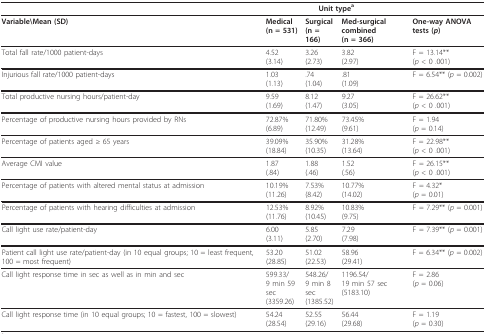
<table><thead><tr><td></td><td colspan="3"><b>Unit type<sup>a</sup></b></td><td></td></tr></thead><tbody><tr><td><b>Variable\Mean (SD)</b></td><td><b>Medical</b><b>(n = 531)</b></td><td><b>Surgical</b><b>(n = 166)</b></td><td><b>Med-surgical combined</b><b>(n = 366)</b></td><td><b>One-way ANOVA tests (<i>p</i>)</b></td></tr><tr><td>Total fall rate/1000 patient-days</td><td>4.52(3.14)</td><td>3.26(2.73)</td><td>3.82(2.97)</td><td>F = 13.14**(<i>p </i>&lt; 0 .001)</td></tr><tr><td>Injurious fall rate/1000 patient-days</td><td>1.03(1.13)</td><td>.74(1.04)</td><td>.81(1.09)</td><td>F = 6.54** (<i>p </i>= 0.002)</td></tr><tr><td>Total productive nursing hours/patient-day</td><td>9.59(1.69)</td><td>8.12(1.47)</td><td>9.27(3.05)</td><td>F = 26.62**(<i>p </i>&lt; 0 .001)</td></tr><tr><td>Percentage of productive nursing hours provided by RNs</td><td>72.87%(6.89)</td><td>71.80%(12.49)</td><td>73.45%(9.61)</td><td>F = 1.94(<i>p </i>= 0.14)</td></tr><tr><td>Percentage of patients aged ≥ 65 years</td><td>39.09%(18.84)</td><td>35.90%(10.35)</td><td>31.28%(13.64)</td><td>F = 22.98**(<i>p </i>&lt; 0 .001)</td></tr><tr><td>Average CMI value</td><td>1.87(.84)</td><td>1.88(.46)</td><td>1.52(.56)</td><td>F = 26.15**(<i>p </i>&lt; 0 .001)</td></tr><tr><td>Percentage of patients with altered mental status at admission</td><td>10.19%(11.26)</td><td>7.53%(8.42)</td><td>10.77%(14.02)</td><td>F = 4.32*(<i>p </i>= 0.01)</td></tr><tr><td>Percentage of patients with hearing difficulties at admission</td><td>12.53%(11.76)</td><td>8.92%(10.45)</td><td>10.83%(9.75)</td><td>F = 7.29** (<i>p </i>= 0.001)</td></tr><tr><td>Call light use rate/patient-day</td><td>6.00(3.11)</td><td>5.85(2.70)</td><td>7.29(7.98)</td><td>F = 7.39** (<i>p </i>= 0.001)</td></tr><tr><td>Patient call light use rate/patient-day (in 10 equal groups; 10 = least frequent, 100 = most frequent)</td><td>53.20(28.85)</td><td>51.02(22.53)</td><td>58.96(29.41)</td><td>F = 6.34** (<i>p </i>= 0.002)</td></tr><tr><td>Call light response time in sec as well as in min and sec</td><td>599.33/9 min 59 sec(3359.26)</td><td>548.26/9 min 8 sec(1385.52)</td><td>1196.54/19 min 57 sec(5183.10)</td><td>F = 2.86(<i>p </i>= 0.06)</td></tr><tr><td>Call light response time (in 10 equal groups; 10 = fastest, 100 = slowest)</td><td>54.24(28.54)</td><td>52.55(29.16)</td><td>56.44(29.68)</td><td>F = 1.19(<i>p </i>= 0.30)</td></tr></tbody></table>